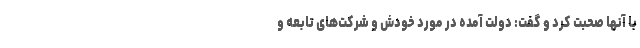
با آنها صحبت کرد و گفت: دولت آمده در مورد خودش و شرکت‌های تابعه و